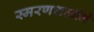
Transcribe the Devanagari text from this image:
स्मरणशक्तीनें